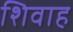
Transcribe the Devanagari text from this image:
शिवाह